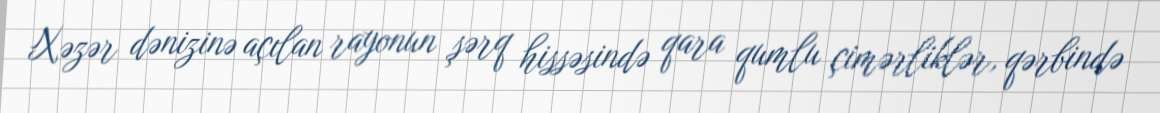
Xəzər dənizinə açılan rayonun şərq hissəsində qara qumlu çimərliklər, qərbində